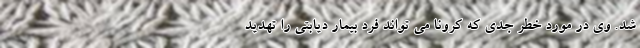
شد. وی در مورد خطر جدی که کرونا می تواند فرد بیمار دیابتی را تهدید